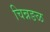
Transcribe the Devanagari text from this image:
चिन्नङळ